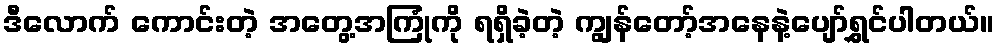
ဒီလောက် ကောင်းတဲ့ အတွေ့အကြုံကို ရရှိခဲ့တဲ့ ကျွန်တော့်အနေနဲ့ပျော်ရွှင်ပါတယ်။